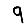
Digit: 9